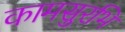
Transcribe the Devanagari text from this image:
कामसुरभि